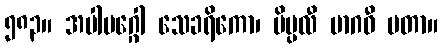
၅၈၃။ အပါမဂ္ဂေါ သေခရိကော၊ ပိပ္ပလီ မာဂဓီ မတာ။